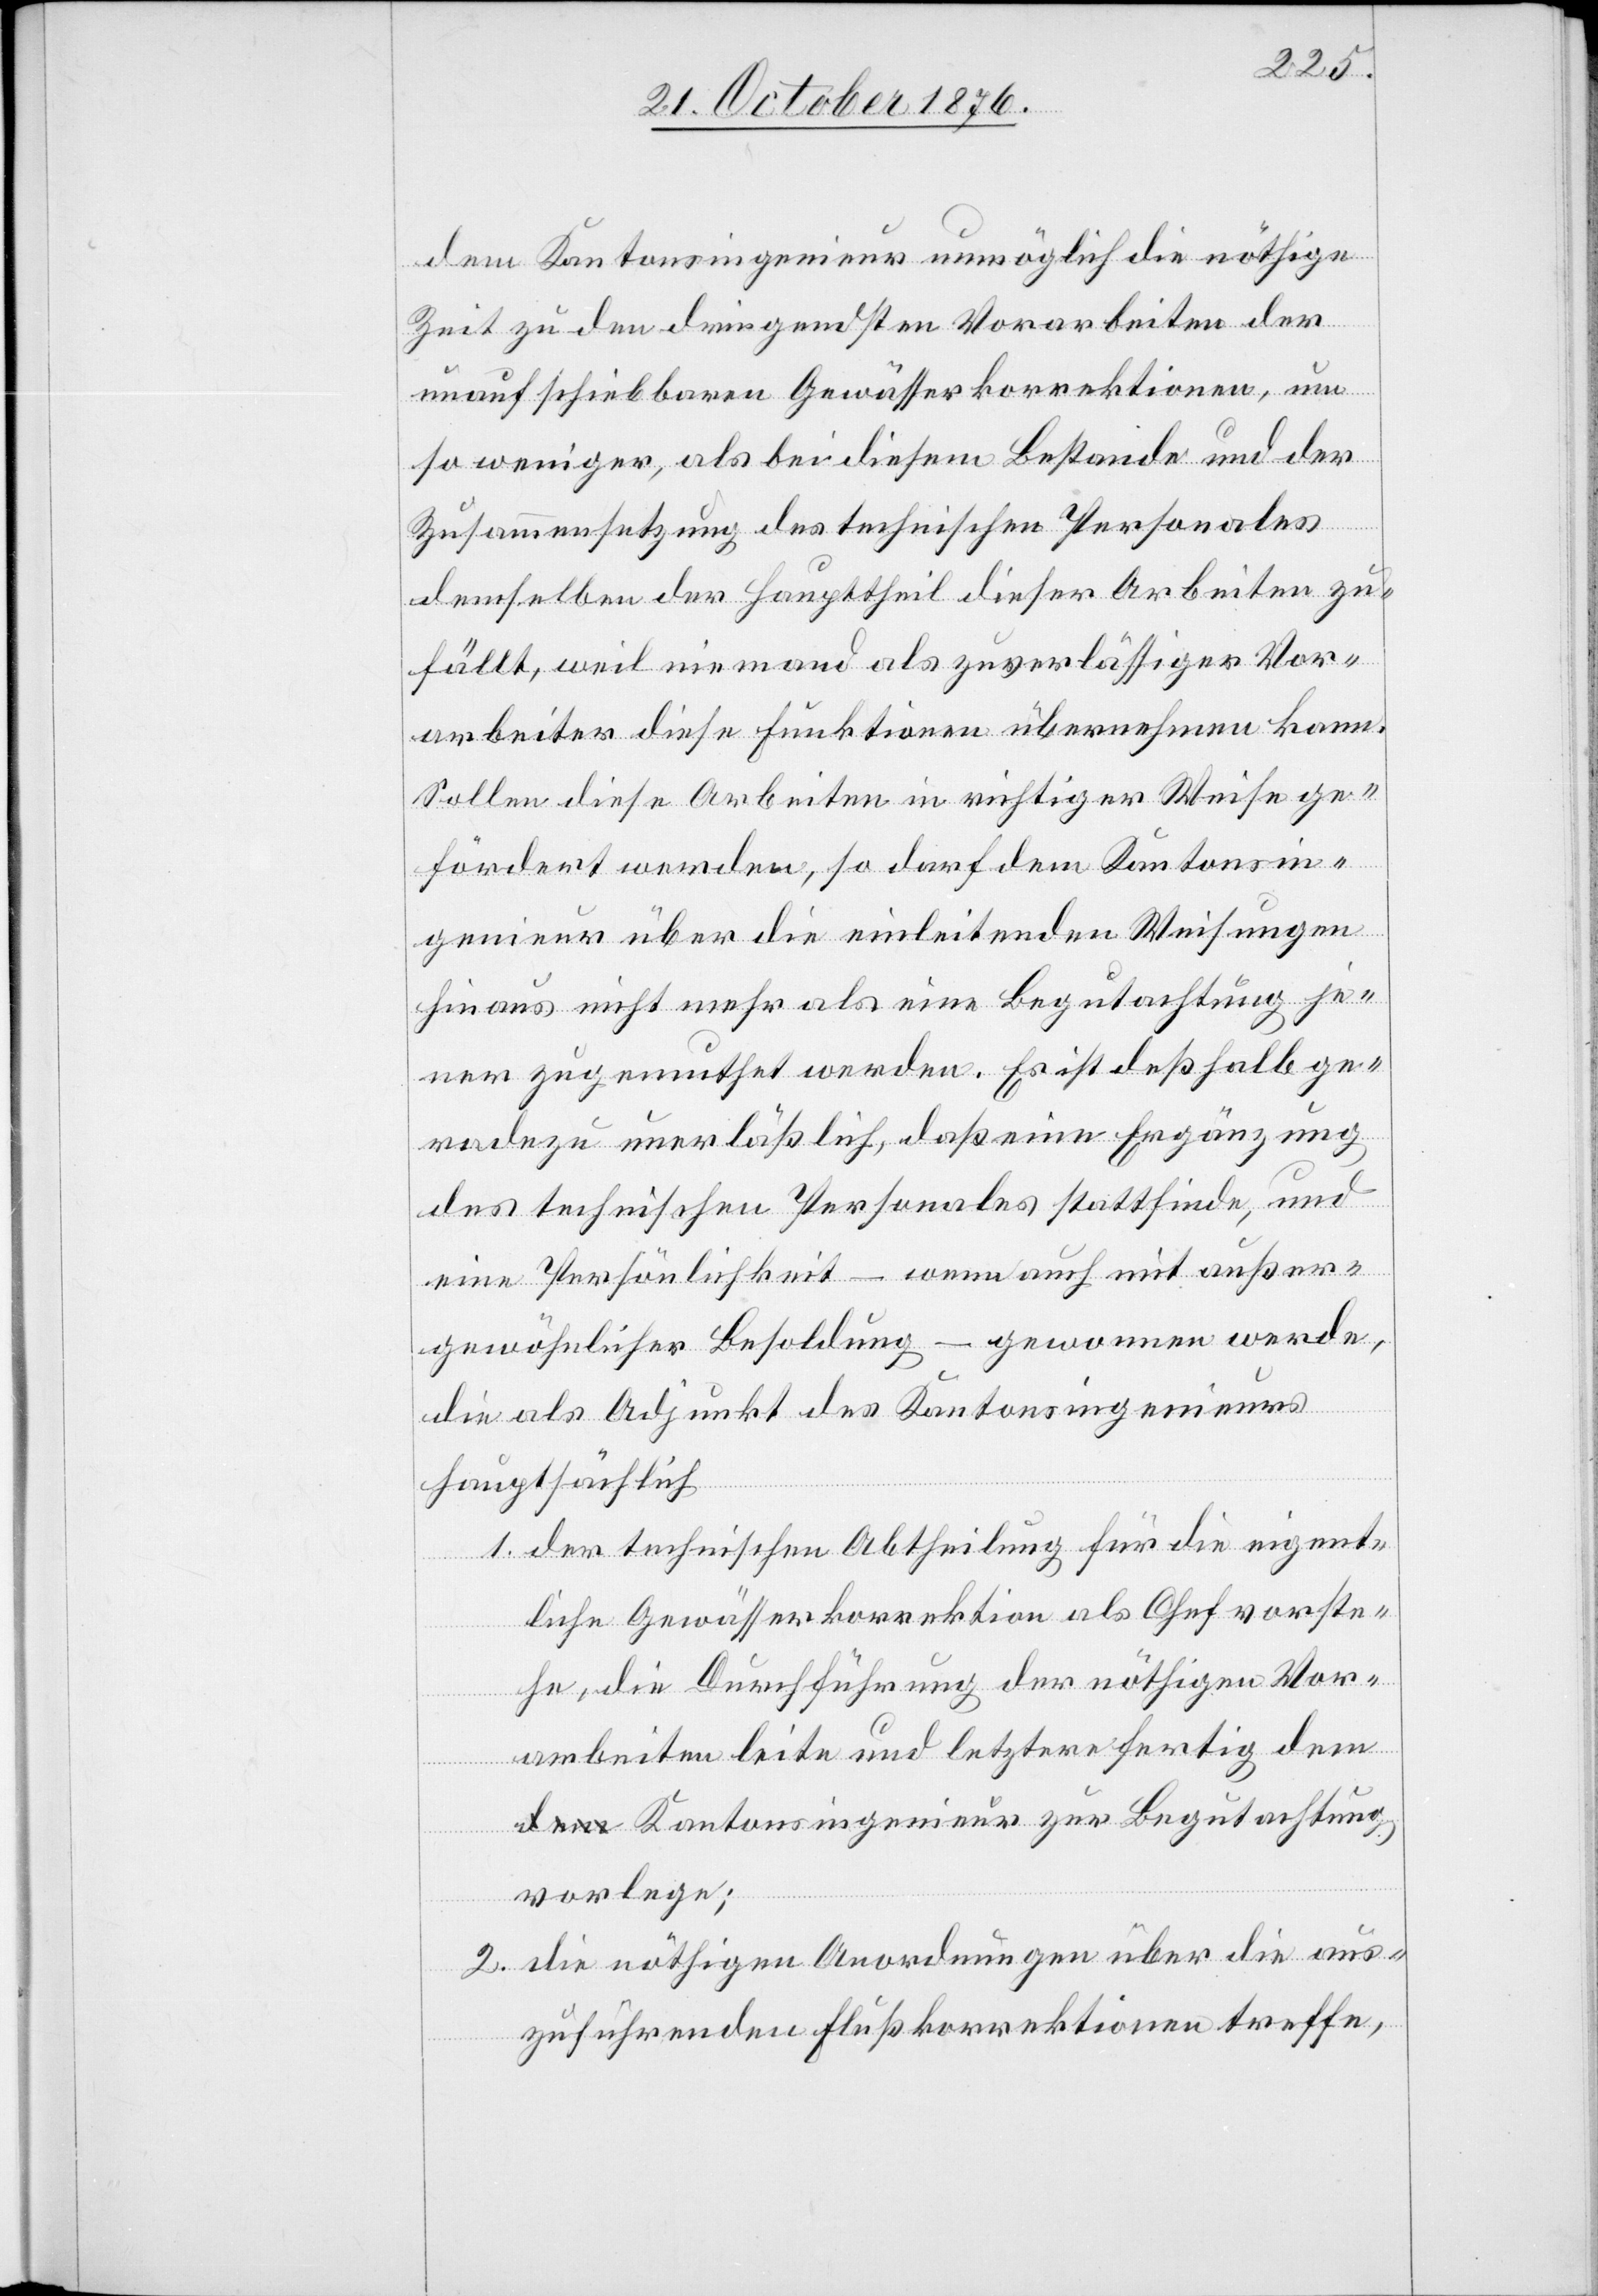
dem Kantonsingenieur unmöglich die nöthige
Zeit zu den dringendsten Vorarbeiten der
unaufschiebbaren Gewässerkorrektionen, um
so weniger, als bei diesem Bestande und der
Zusammensetzung des technischen Personales
demselben der Haupttheil dieser Arbeiten zu¬
fällt, weil niemand als zuverlässiger Vor¬
arbeiter diese Funktionen übernehmen kann.
Sollen diese Arbeiten in richtiger Weise ge¬
fördert werden, so darf dem Kantonsin¬
genieur über die einleitenden Weisungen
hinaus nicht mehr als eine Begutachtung je¬
ner zugemuthet werden. Es ist deßhalb ge¬
radezu unerläßlich, daß eine Ergänzung
des technischen Personales stattfinde, und
eine Persönlichkeit – wenn auch mit außer¬
gewöhnlicher Besoldung – gewonnen werde,
die als Adjunkt des Kantonsingenieurs
hauptsächlich
1. der technischen Abtheilung für die eigent¬
liche Gewässerkorrektion als Chef vorste¬
he, die Durchführung der nöthigen Vor¬
arbeiten leite und letztere fertig dem
Kantonsingenieur zur Begutachtung
vorlege;
2. die nöthigen Anordnungen über die aus¬
zuführenden Flußkorrektionen treffe,